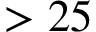
> 2 5